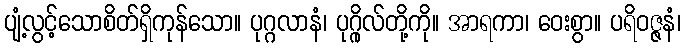
ပျံ့လွင့်သောစိတ်ရှိကုန်သော။ ပုဂ္ဂလာနံ၊ ပုဂ္ဂိုလ်တို့ကို။ အာရကာ၊ ဝေးစွာ။ ပရိဝဇ္ဇနံ၊